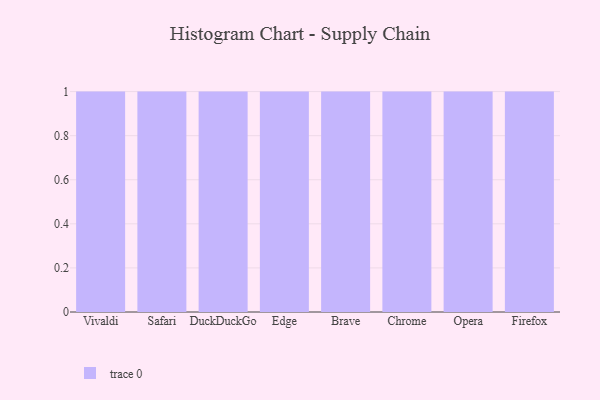
{"axis": {"x": "Browser", "y": "Inventory Turnover"}, "legend": [""], "data": [{"x": "Vivaldi", "y": 59, "type": ""}, {"x": "Safari", "y": 90, "type": ""}, {"x": "DuckDuckGo", "y": 73, "type": ""}, {"x": "Edge", "y": 20, "type": ""}, {"x": "Brave", "y": 54, "type": ""}, {"x": "Chrome", "y": 12, "type": ""}, {"x": "Opera", "y": 59, "type": ""}, {"x": "Firefox", "y": 14, "type": ""}]}